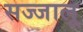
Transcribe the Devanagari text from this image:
सज्जालू